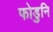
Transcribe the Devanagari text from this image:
फोडुनि